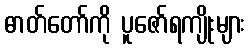
ဓာတ်တော်ကို ပူဇော်ရကျိုးများ